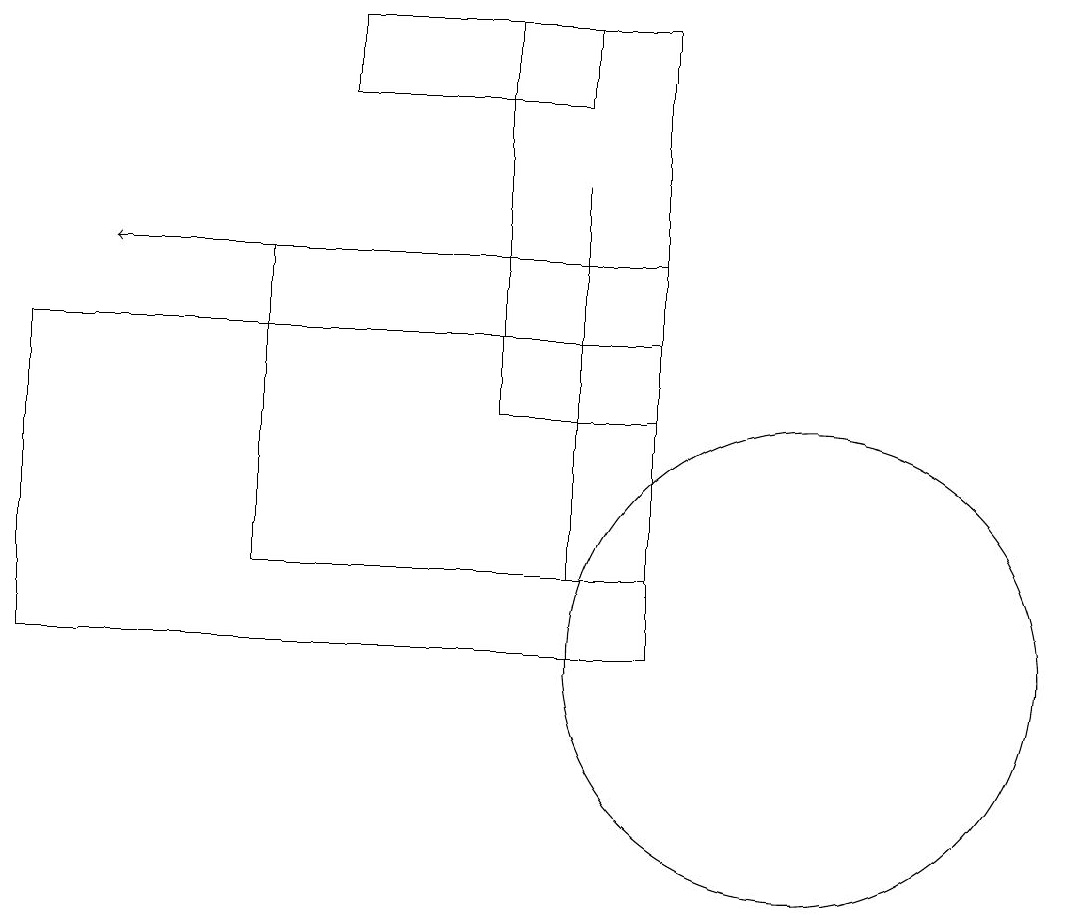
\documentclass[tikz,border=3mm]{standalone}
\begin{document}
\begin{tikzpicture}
\draw[->] (6,16) -- (2,16);
\draw (8,12) rectangle (8,17);
\draw (7,14) rectangle (9,19);
\draw (1,11) rectangle (9,15);
\draw (8,19) rectangle (5,18);
\draw (11,11) circle (3);
\draw (4,16) rectangle (9,12);
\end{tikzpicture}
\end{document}